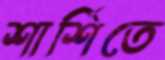
শার্শিতে